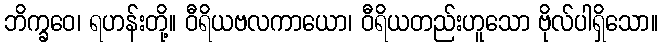
ဘိက္ခဝေ၊ ရဟန်းတို့။ ဝီရိယဗလကာယော၊ ဝီရိယတည်းဟူသော ဗိုလ်ပါရှိသော။